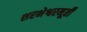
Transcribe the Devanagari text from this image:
शरभेश्वरमूर्ती